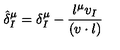
\hat { \delta } _ { I } ^ { \mu } = \delta _ { I } ^ { \mu } - { \frac { l ^ { \mu } v _ { I } } { ( v \cdot l ) } }